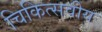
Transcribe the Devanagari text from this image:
चिकित्सवीय